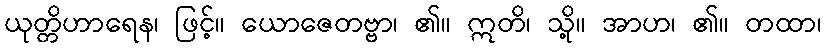
ယုတ္တိဟာရေန၊ ဖြင့်။ ယောဇေတဗ္ဗာ၊ ၏။ ဣတိ၊ သို့။ အာဟ၊ ၏။ တထာ၊